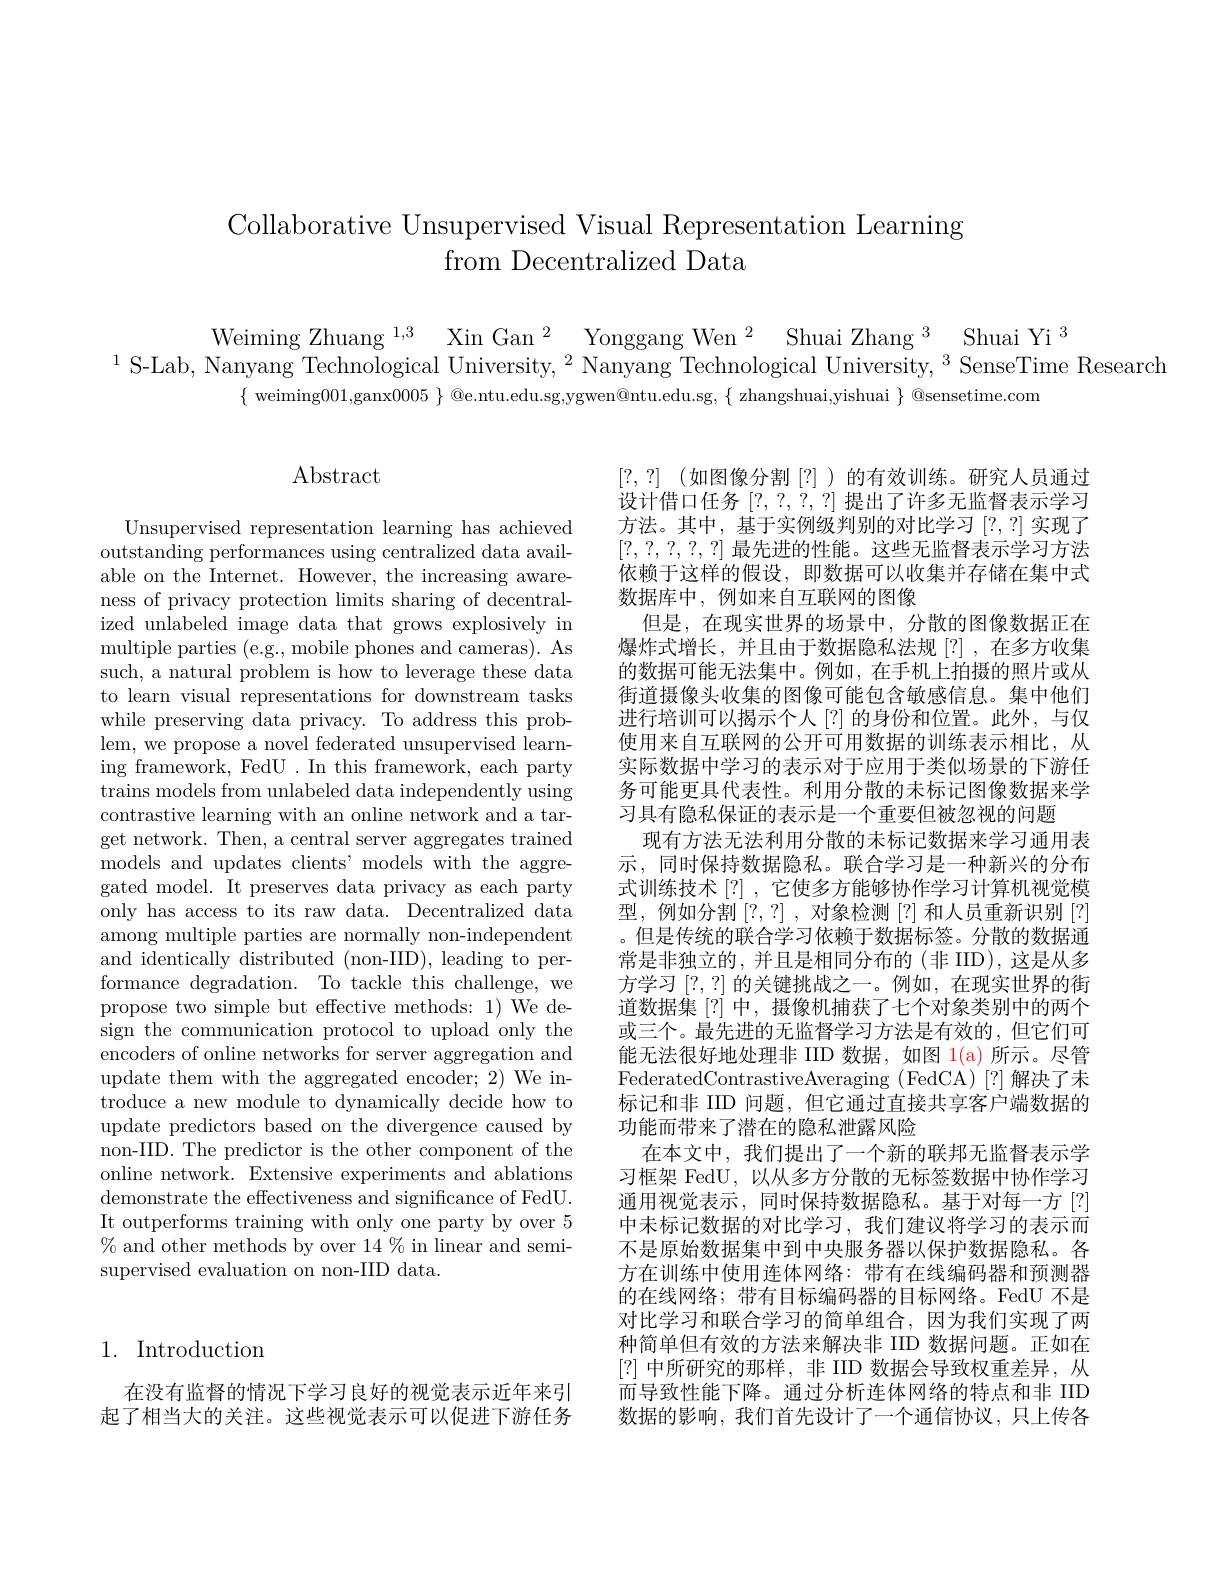
Collaborative Unsupervised Visual Representation Learning
from Decentralized Data

Weiming Zhuang $^{1, 3}$ Xin Gan$^2$ Yonggang Wen$^2$ Shuai Zhang$^3$ Shuai Yi$^3$
$^{1}$S-Lab, Nanyang Technological University, $^2$ Nanyang Technological University, $^3$ SenseTime Research
$\{$ weiming001,ganx$0005\}$ @e.ntu.edu.sg,ygwen@ntu.edu.sg, $\{$ zhangshuai,yishuai $\}$ @sensetime.com

## 1. Introduction

在没有监督的情况下学习良好的视觉表示近年来引起了相当大的关注。这些视觉表示可以促进下游任务

# $\operatorname{Abstract}$

Unsupervised representation learning has achieved outstanding performances using centralized data available on the Internet. However, the increasing awareness of privacy protection limits sharing of decentralized unlabeled image data that grows explosively in multiple parties (e.g., mobile phones and cameras). As such, a natural problem is how to leverage these data to learn visual representations for downstream tasks while preserving data privacy. To address this problem, we propose a novel federated unsupervised learning framework, FedU . In this framework, each party trains models from unlabeled data independently using contrastive learning with an online network and a target network. Then, a central server aggregates trained models and updates clients' models with the aggregated model. It preserves data privacy as each party only has access to its raw data. Decentralized data among multiple parties are normally non-independent and identically distributed (non-IID), leading to performance degradation. To tackle this challenge, we propose two simple but effective methods: 1) We design the communication protocol to upload only the encoders of online networks for server aggregation and update them with the aggregated encoder; 2) We introduce a new module to dynamically decide how to update predictors based on the divergence caused by non-IID. The predictor is the other component of the online network. Extensive experiments and ablations demonstrate the effectiveness and significance of FedU. It outperforms training with only one party by over 5 % and other methods by over 14 % in linear and semisupervised evaluation on non-IID data.

[?,?] (如图像分割[?])的有效训练。研究人员通过设计借口任务[?,?,?,?] 提出了许多无监督表示学习方法。其中，基于实例级判别的对比学习[?,?]实现了[?,?,?,?,?]最先进的性能。这些无监督表示学习方法依赖于这样的假设，即数据可以收集并存储在集中式数据库中，例如来自互联网的图像
但是，在现实世界的场景中，分散的图像数据正在爆炸式增长，并且由于数据隐私法规[?],在多方收集的数据可能无法集中。例如，在手机上拍摄的照片或从街道摄像头收集的图像可能包含敏感信息。集中他们进行培训可以揭示个人 [?] 的身份和位置。此外，与仅使用来自互联网的公开可用数据的训练表示相比，从实际数据中学习的表示对于应用于类似场景的下游任务可能更具代表性。利用分散的未标记图像数据来学习具有隐私保证的表示是一个重要但被忽视的问题
现有方法无法利用分散的未标记数据来学习通用表示，同时保持数据隐私。联合学习是一种新兴的分布式训练技术[?],它使多方能够协作学习计算机视觉模型，例如分割[?,?],对象检测[?]和人员重新识别[?] 。但是传统的联合学习依赖于数据标签。分散的数据通常是非独立的，并且是相同分布的(非 IID),这是从多方学习[?,?] 的关键挑战之一。例如，在现实世界的街道数据集[?]中，摄像机捕获了七个对象类别中的两个或三个。最先进的无监督学习方法是有效的，但它们可能无法很好地处理非 IID 数据，如图 1(a)所示。尽管FederatedContrastiveAveraging (FedCA) [?] 解决了未标记和非 IID 问题，但它通过直接共享客户端数据的功能而带来了潜在的隐私泄露风险
在本文中，我们提出了一个新的联邦无监督表示学习框架 FedU, 以从多方分散的无标签数据中协作学习通用视觉表示，同时保持数据隐私。基于对每一方[?] 中未标记数据的对比学习，我们建议将学习的表示而不是原始数据集中到中央服务器以保护数据隐私。各方在训练中使用连体网络：带有在线编码器和预测器的在线网络；带有目标编码器的目标网络。FedU 不是对比学习和联合学习的简单组合，因为我们实现了两种简单但有效的方法来解决非 IID 数据问题。正如在[?]中所研究的那样，非 IID 数据会导致权重差异，从而导致性能下降。通过分析连体网络的特点和非 IID 数据的影响，我们首先设计了一个通信协议，只上传各